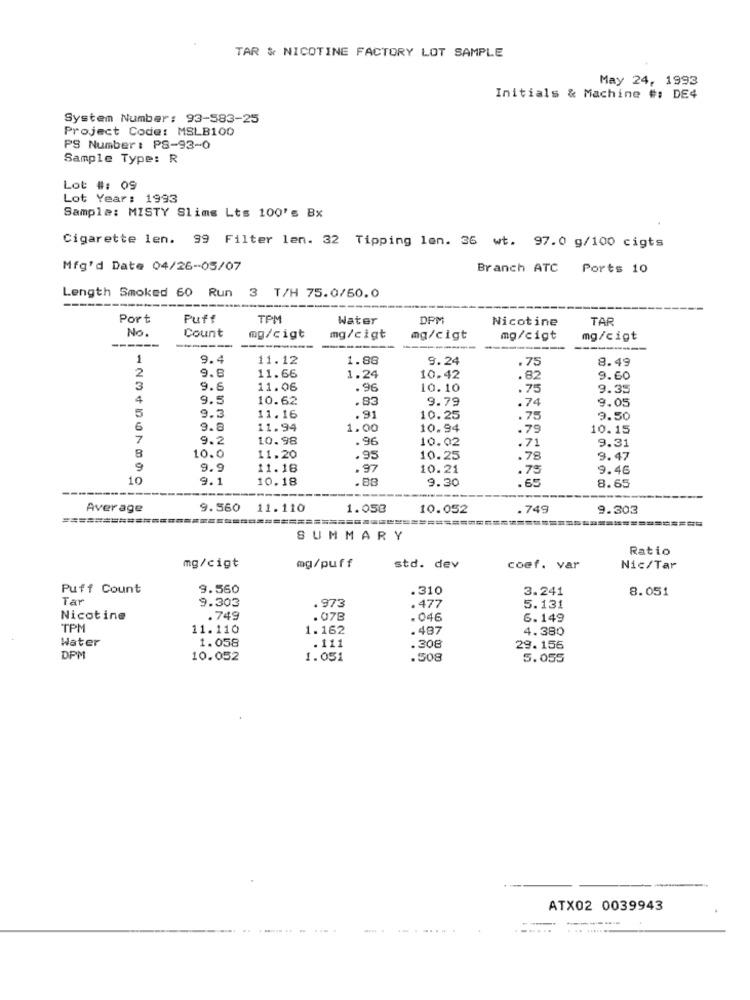
TAR & NICOTINE FACTORY LOT SAMPLE
May 24, 1993
Initials & Machine #: DE4
System Number: 93-583-25
Project Code: MSLB100
PS Number: PS-93-0
Sample Type: R
Lot #: 09
Lot Year: 1993
Sample: MISTY Slims Lts 100's Bx
Cigarette len. 99 Filter len. 32 Tipping len. 36 wt. 97.0 g/100 cigts
Mfg'd Date 04/26-05/07
Branch ATC Ports 10
Length Smoked 60 Run 3 T/H 75.0/60.0
Port
Puff
TPM
Water
DPM
Nicotine
TAR
No.
Count
----
mg/cigt
mg/cigt
mg/cigt
mg/cigt
mg/cigt
--------
---------
1
9.4
11.12
1.88
9.24
75
8.49
2
9.8
11.66
1.24
10.42
.82
9.60
3
9.6
11.06
.96
10.10
.75
9.35
4
9.5
10.62
.83
9.79
9.05
5
.74
9.3
11.16
.91
10.25
.75
9.50
6
9.8
11.94
1.00
10.94
.79
10.15
7
9.2
10.98
.96
10.02
.71
9.31
8
10.0
11.20
.95
10.25
.78
9.47
9
9.9
11.18
.97
10.21
.75
9.46
10
9.1
10.18
.88
9.30
.65
8.65
Average
9.560
11.110
1.058
10.052
.749
9.303
==========
======
SUMMARY
Ratio
mg/cigt
mg/puff
std. dev
coef. var
Nic/Tar
Puff Count
9.560
.310
3.241
8.051
Tar
9.303
.973
.477
5.131
Nicotine
.749
.078
. 046
6.149
TPM
11.110
1.162
. 487
4.380
Water
1.058
.111
.308
29.156
DPM
10.052
1.051
.508
5.055
ATX02 0039943
....